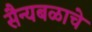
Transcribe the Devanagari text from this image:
सैन्यबळाचे